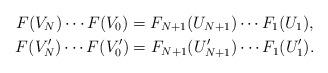
LaTeX: \begin{gather*}F(V_N)\cdots F(V_0)=F_{N+1}(U_{N+1})\cdots F_1(U_1),\\F(V_N')\cdots F(V_0')=F_{N+1}(U_{N+1}')\cdots F_1(U_1').\end{gather*}